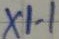
Text: X1-1